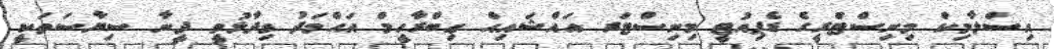
އިސްލާމިކް މިނިސްޓްރީގެ ޑެޕިއުޓީ މިނިސްޓަރ އައްޝައިޙް ޢިބްރާހީމް އަޙްމަދު ވިދާޅުވީ ދީނާ ސިޔާސަތަކީ